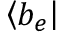
{ \left\langle { b _ { e } } \right| }